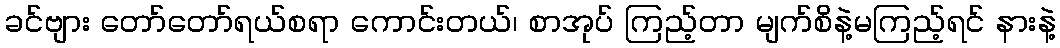
ခင်ဗျား တော်တော်ရယ်စရာ ကောင်းတယ်၊ စာအုပ် ကြည့်တာ မျက်စိနဲ့မကြည့်ရင် နားနဲ့